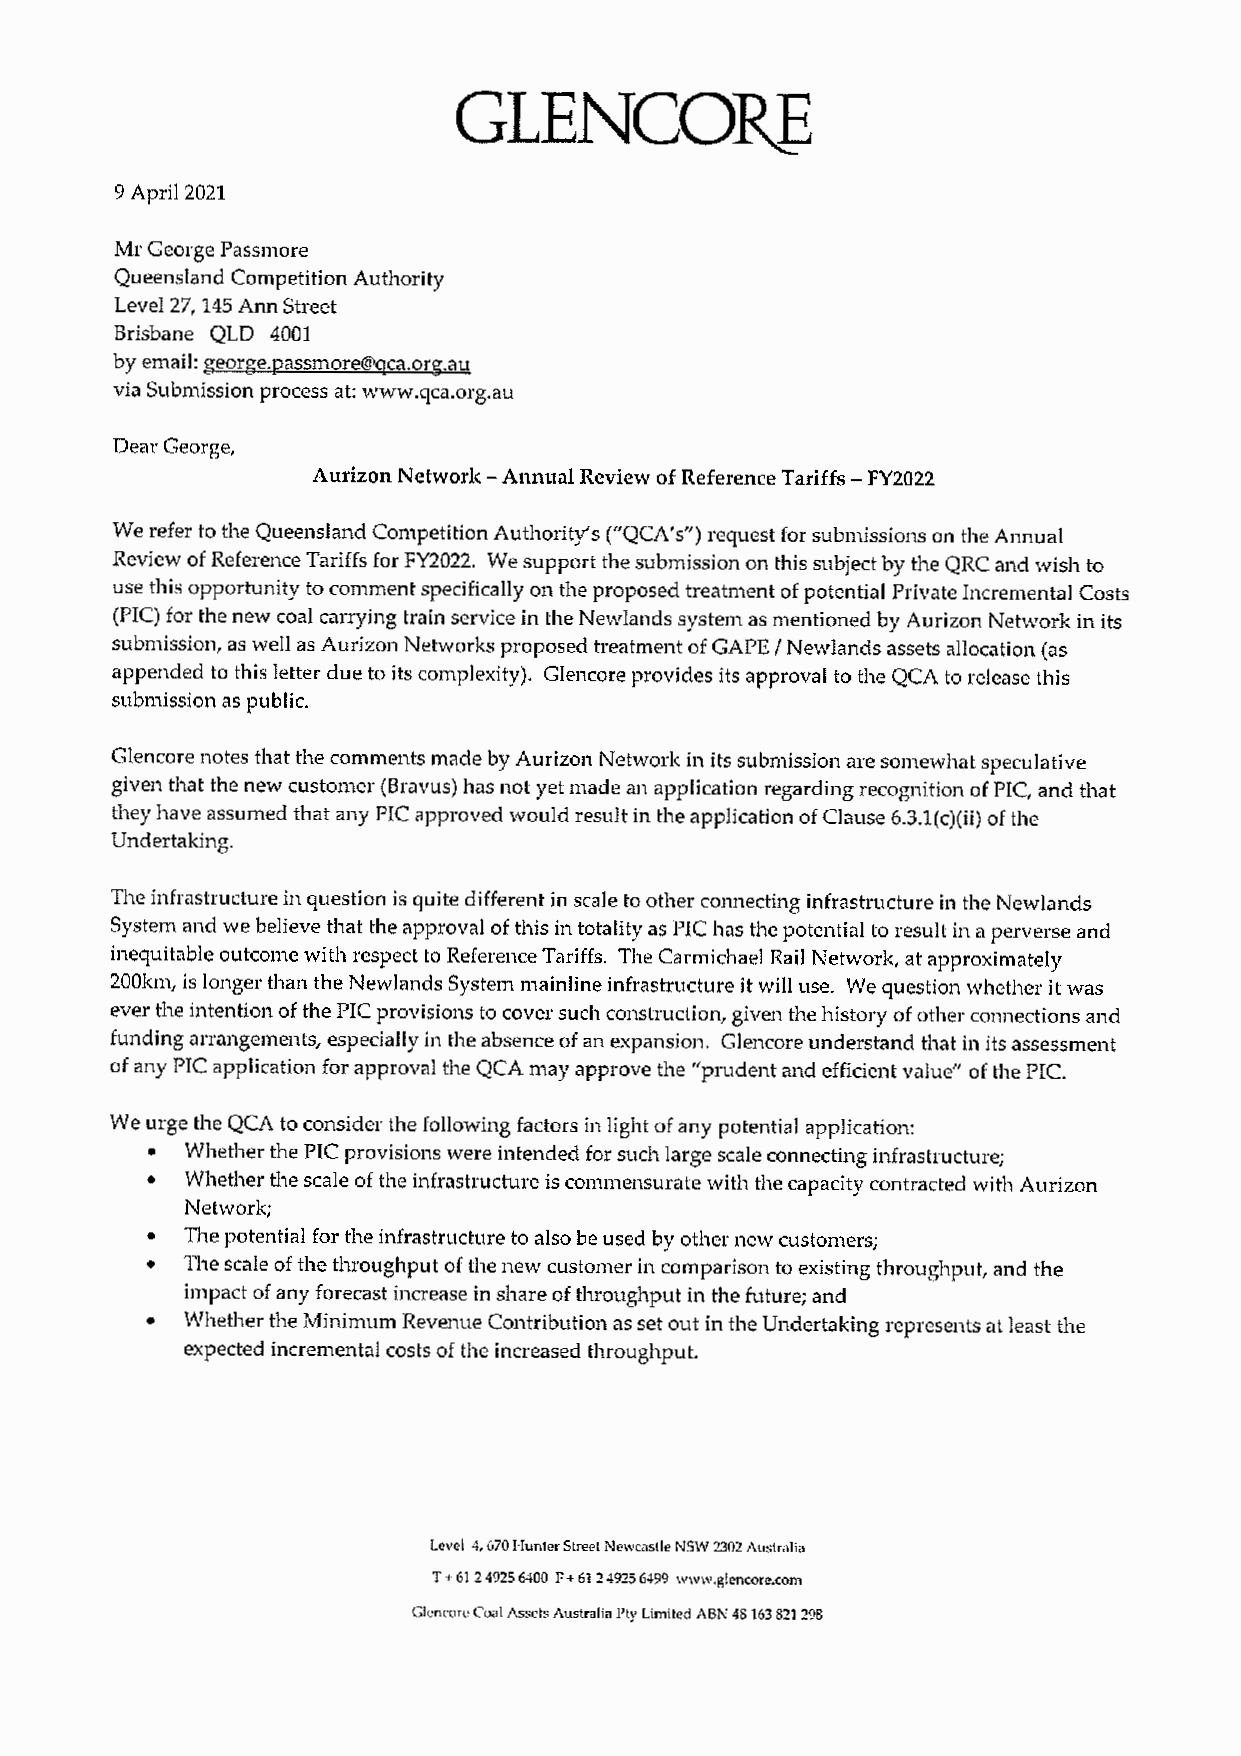
9 April 2021
 Mr George Passmore
 Queensland Competition Authority
 Level 27,145 Ann Street
 Brisbane QLD 4001
 by email: george.passmoreiffiqca.org.au
 via Submission process at: www.qca.org.au
 Dear George,
 Aurizon Network - Annual Review of Reference Tariffs - FV2022
 We refer to the Queensland Competition Authority's ("QCA's") request for submissions on the Annual
 Review of Reference Tariffs for FY2022. We support the submission on this subject by the QRC and wish to
 use this opportunity to comment specifically on the proposed treatment of potential Private Incremental Costs
 (PIC) for the new coal carrying train service in the Newlands system as mentioned by Aurizon Network in its
 submission, as well as Aurizon Networks proposed treatment of GAPE / Newlands assets allocation (as
 appended to this letter due to its complexity). Glencore provides its approval to the QCA to release this
 submission as public.
 Glencore notes that the comments made by Aurizon Network in its submission are somewhat speculative
 given that the new customer (Bravus) has not yet made an application regarding recognition of PIC, and that
 they have assumed that any PIC approved would result in the application of Clause 6.3.1(c)(ii) of the
 Undertaking.
 The infrastructure in question is quite different in scale to other connecting infrastructure in the Newlands
 System and we believe that the approval of this in totality as PIC has the potential to result in a perverse and
 inequitable outcome with respect to Reference Tariffs. The Carmichael Rail Network, at approximately
 200km, is longer than the Newlands System mainline infrastructure it will use. We question whether it was
 ever the intention of the PIC provisions to cover such construction, given the history of other connections and
 funding arrangements, especially in the absence of an expansion. Glencore understand that in its assessment
 of any PIC application for approval the QCA may approve the "prudent and efficient value" of the PIC.
 We urge the QCA to consider the following factors in light of any potential application:
 • Whether the PIC provisions were intended for such large scale connecting infrastructure;
 • Whether the scale of the infrastructure is commensurate with the capacity contracted with Aurizon
 Network;
 • The potential for the infrastructure to also be used by other new customers;
 • The scale of the throughput of the new customer in comparison to existing throughput, and the
 impact of any forecast increase in share of throughput in the future; and
 • Whether the Minimum Revenue Contribution as set out in the Undertaking represents at least the
 expected incremental costs of the increased throughput.
 Level 4,670 Hunter Street Newcastle NSW 2302 Australia
 T + 61 2 4925 6400 F + 61 2 4925 6499 www.glencore.com
 Glencore Coal Assets Australia Pty Limited ABN 4S 163 821 298